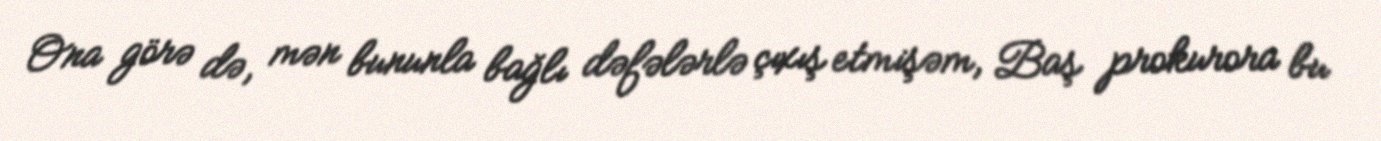
Ona görə də, mən bununla bağlı dəfələrlə çıxış etmişəm, Baş prokurora bu